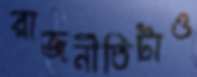
রাজনীতিটাও